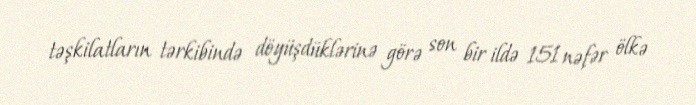
təşkilatların tərkibində döyüşdüklərinə görə son bir ildə 151 nəfər ölkə